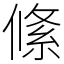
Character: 絛